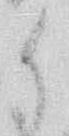
御